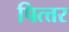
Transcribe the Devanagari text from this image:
पित्त्तर